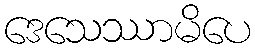
ဒေသေဿာမိပေ